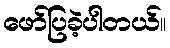
ဖော်ပြခဲ့ပါတယ်။